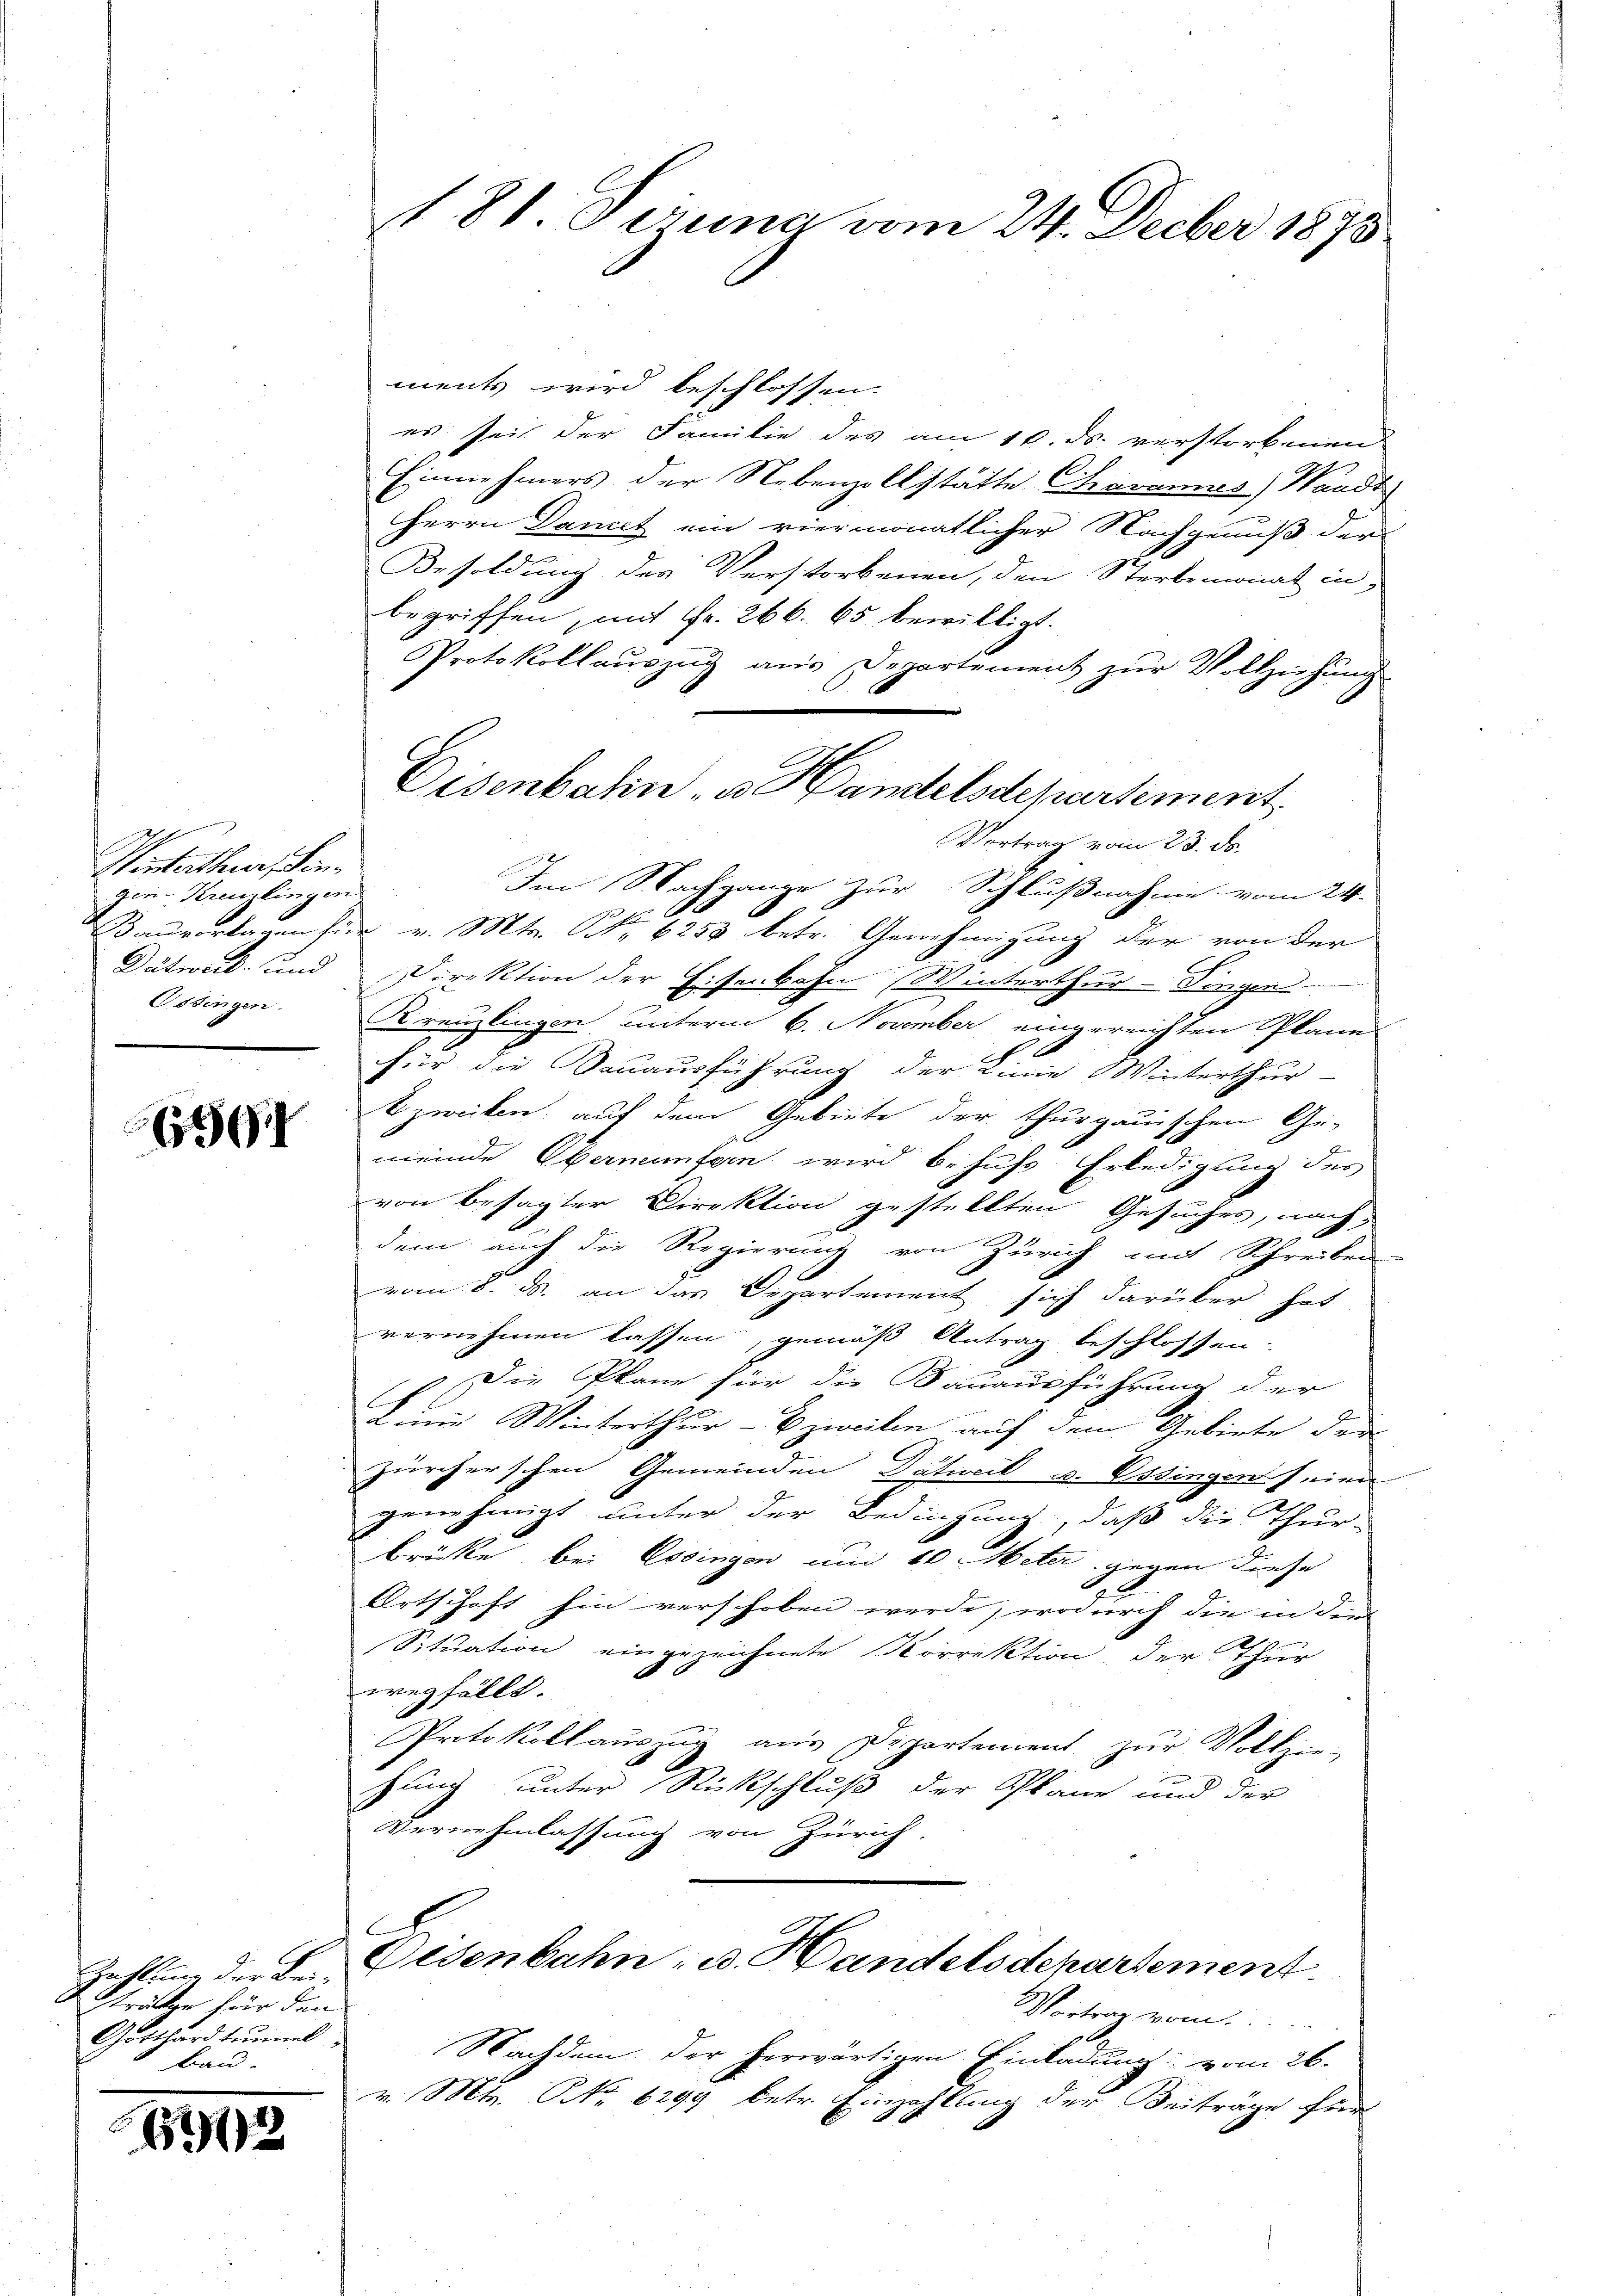
Wentertheuer, Sen¬
Gen-Kreuzlingen
Dätweil und
Ossingen.

6591

Zachtung der Bei-
dträtze für den
Gotthardtümmel
bau.

1992

18t. Jena vom 24. Decber 1875

ments wird beschlossen.
es seit der Familie des am 16. ds. verstorbenend
Einnehmers der Nebenzollstätte Chavannes) Waadt
Herrn Daniet ein viermonatlicher Nachgenuß der
Besoldung des Verstorbenen, den Sterbemonat in
begriffen, mit Fr. 266. 65 bewilligt.
Protokollaŭszŭg aŭs Departement zŭr Vollziehŭng
Vortrag vom 23. ds.
Im Nachgange zur Schlußnahme vom 24.
Bauverlagen für v. Mts. No. 6258 betr. Genehmigung der von der
Direktion der Eisenbahn Winterthur-Fingen
Kreuzlingen, unterm 6. November eingereichten Plane
für die Vauausführung der Linie Winterthur
tzwecken, auf dem Gebiete der thurgauischen Ge-
meinde Oberneunfern wird behufs Erledigung des
von besagter Direktion gestellten Gesuches, nach
dem auch die Regierung von Zürich mit Schreiben
.
vom 8. d. an das Departement sich darüber hat
vernehmen lassen, gemäß Antrag beschlossen.
Die Plane für die Bauausführung der

Denen Winterthur - bzweiten auf dem Gebiete der
Zürcherschen Gemeinden Datweil u. Ussingen seine
genehmigt unter der Bedingung, daß die Thur-
brücke bei Essingen und 10 Meter gegen diese
Ortschaft hin verschoben werde, wodurch die in die
Sitŭation eingezeichnete Korrektion, der Thur
wegfällt.
Protokollauszug aus Departement zŭr Vollzie-
hung unter Rückschluß der Plane und der
Vernehmlassung von Zürich,
e
Eisenbahn- u. Handelsdepartement
Vortrag vom
Nachdem der herwärtigen Einladung vom 26.
v. Mts. NNo. 6299 betr. Einzahlung der Beiträge herr

Disenbahn u. Handelsdepartement